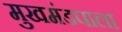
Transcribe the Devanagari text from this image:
मुखमंडपाला